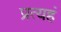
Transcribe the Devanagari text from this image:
प्रत्यहं